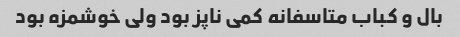
بال و کباب متاسفانه کمی ناپز بود ولی خوشمزه بود